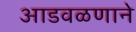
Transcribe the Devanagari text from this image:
आडवळणाने